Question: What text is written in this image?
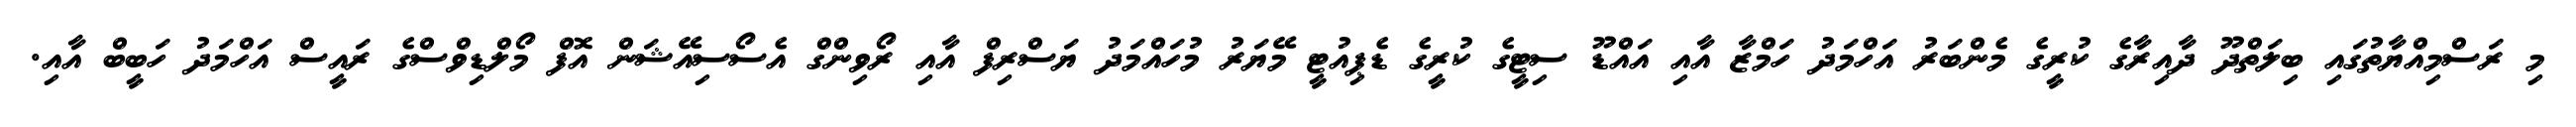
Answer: މި ރަސްމިއްޔާތުގައި ބިލަތްދޫ ދާއިރާގެ ކުރީގެ މެންބަރު އަހްމަދު ހަމްޒާ އާއި އައްޑޫ ސިޓީގެ ކުރީގެ ޑެޕިއުޓީ މޭޔަރު މުހައްމަދު ޔަސްރިފް އާއި ރޯވިންގް އެސޯސިއޭޝަން އޮފް މޯލްޑިވްސްގެ ރައީސް އަހްމަދު ހަބީބް އާއި.